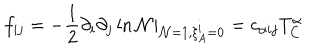
f _ { i j } = - { \frac { 1 } { 2 } } \partial _ { i } \partial _ { j } \ln { \cal N } | _ { { \cal N } = 1 , \xi _ { A } ^ { i } = 0 } = c _ { \alpha i j } T _ { C } ^ { \alpha }